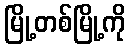
မြို့တစ်မြို့ကို